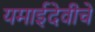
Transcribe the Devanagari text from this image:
यमाईदेवीचे